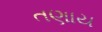
તણાય